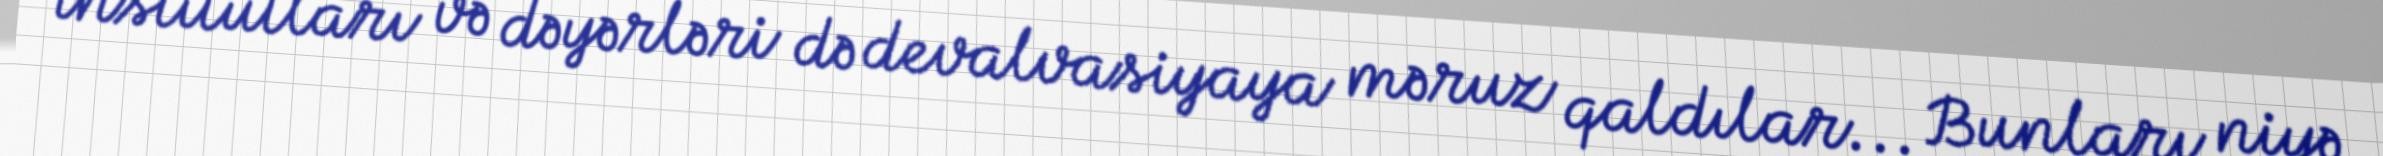
institutları və dəyərləri də devalvasiyaya məruz qaldılar... Bunları niyə